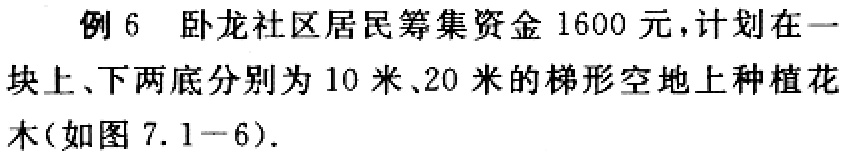
例 6 卧龙社区居民筹集资金 1600 元，计划在一块上、下两底分别为 10 米、20 米的梯形空地上种植花木(如图 7.1−6).